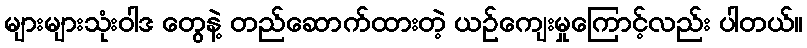
များများသုံးဝါဒ တွေနဲ့ တည်ဆောက်ထားတဲ့ ယဉ်ကျေးမှုကြောင့်လည်း ပါတယ်။